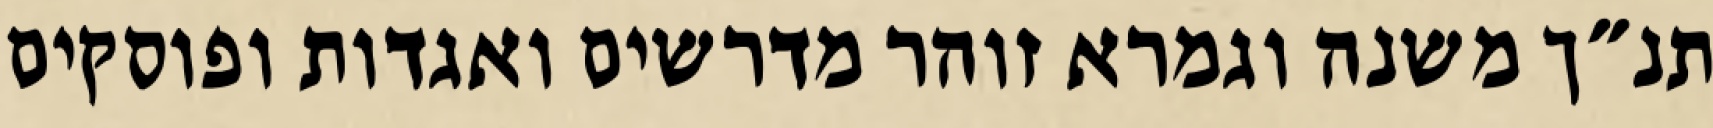
תנ״ך משנה וגמרא זוהר מדרשים ואגדות ופוסקים